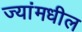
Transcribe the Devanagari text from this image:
ज्यांमधील